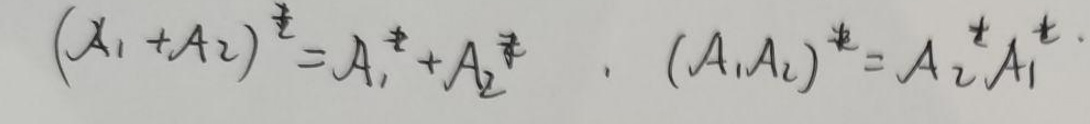
\[
(A_1 + A_2)^{\dagger} = A_1^{\dagger} + A_2^{\dagger} \quad, \quad (A_1 A_2)^{\dagger} = A_2^{\dagger} A_1^{\dagger}
\]